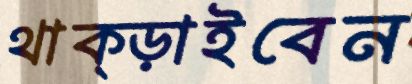
থাক্‌ড়াইবেন